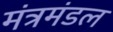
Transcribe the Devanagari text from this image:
मंत्रमंडल